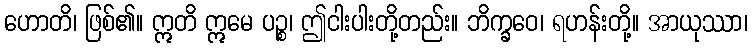
ဟောတိ၊ ဖြစ်၏။ ဣတိ ဣမေ ပဉ္စ၊ ဤငါးပါးတို့တည်း။ ဘိက္ခဝေ၊ ရဟန်းတို့။ အာယုဿာ၊